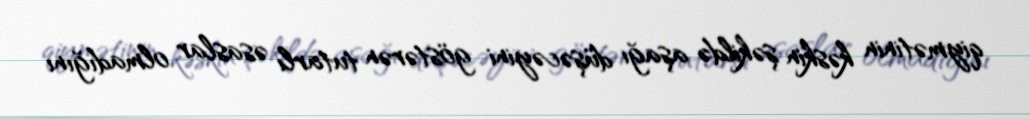
qiymətinin kəskin şəkildə aşağı düşəcəyini göstərən tutarlı əsaslar olmadığını